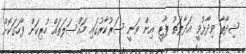
ޝިދާތާ ވިދާޅުވީ އަދާލަތު ޕާޓީ އިން ވަނީ ސަރުކާރުގައި މައްސަލަތައް ހުރިކަން ފާހަގަކޮށް